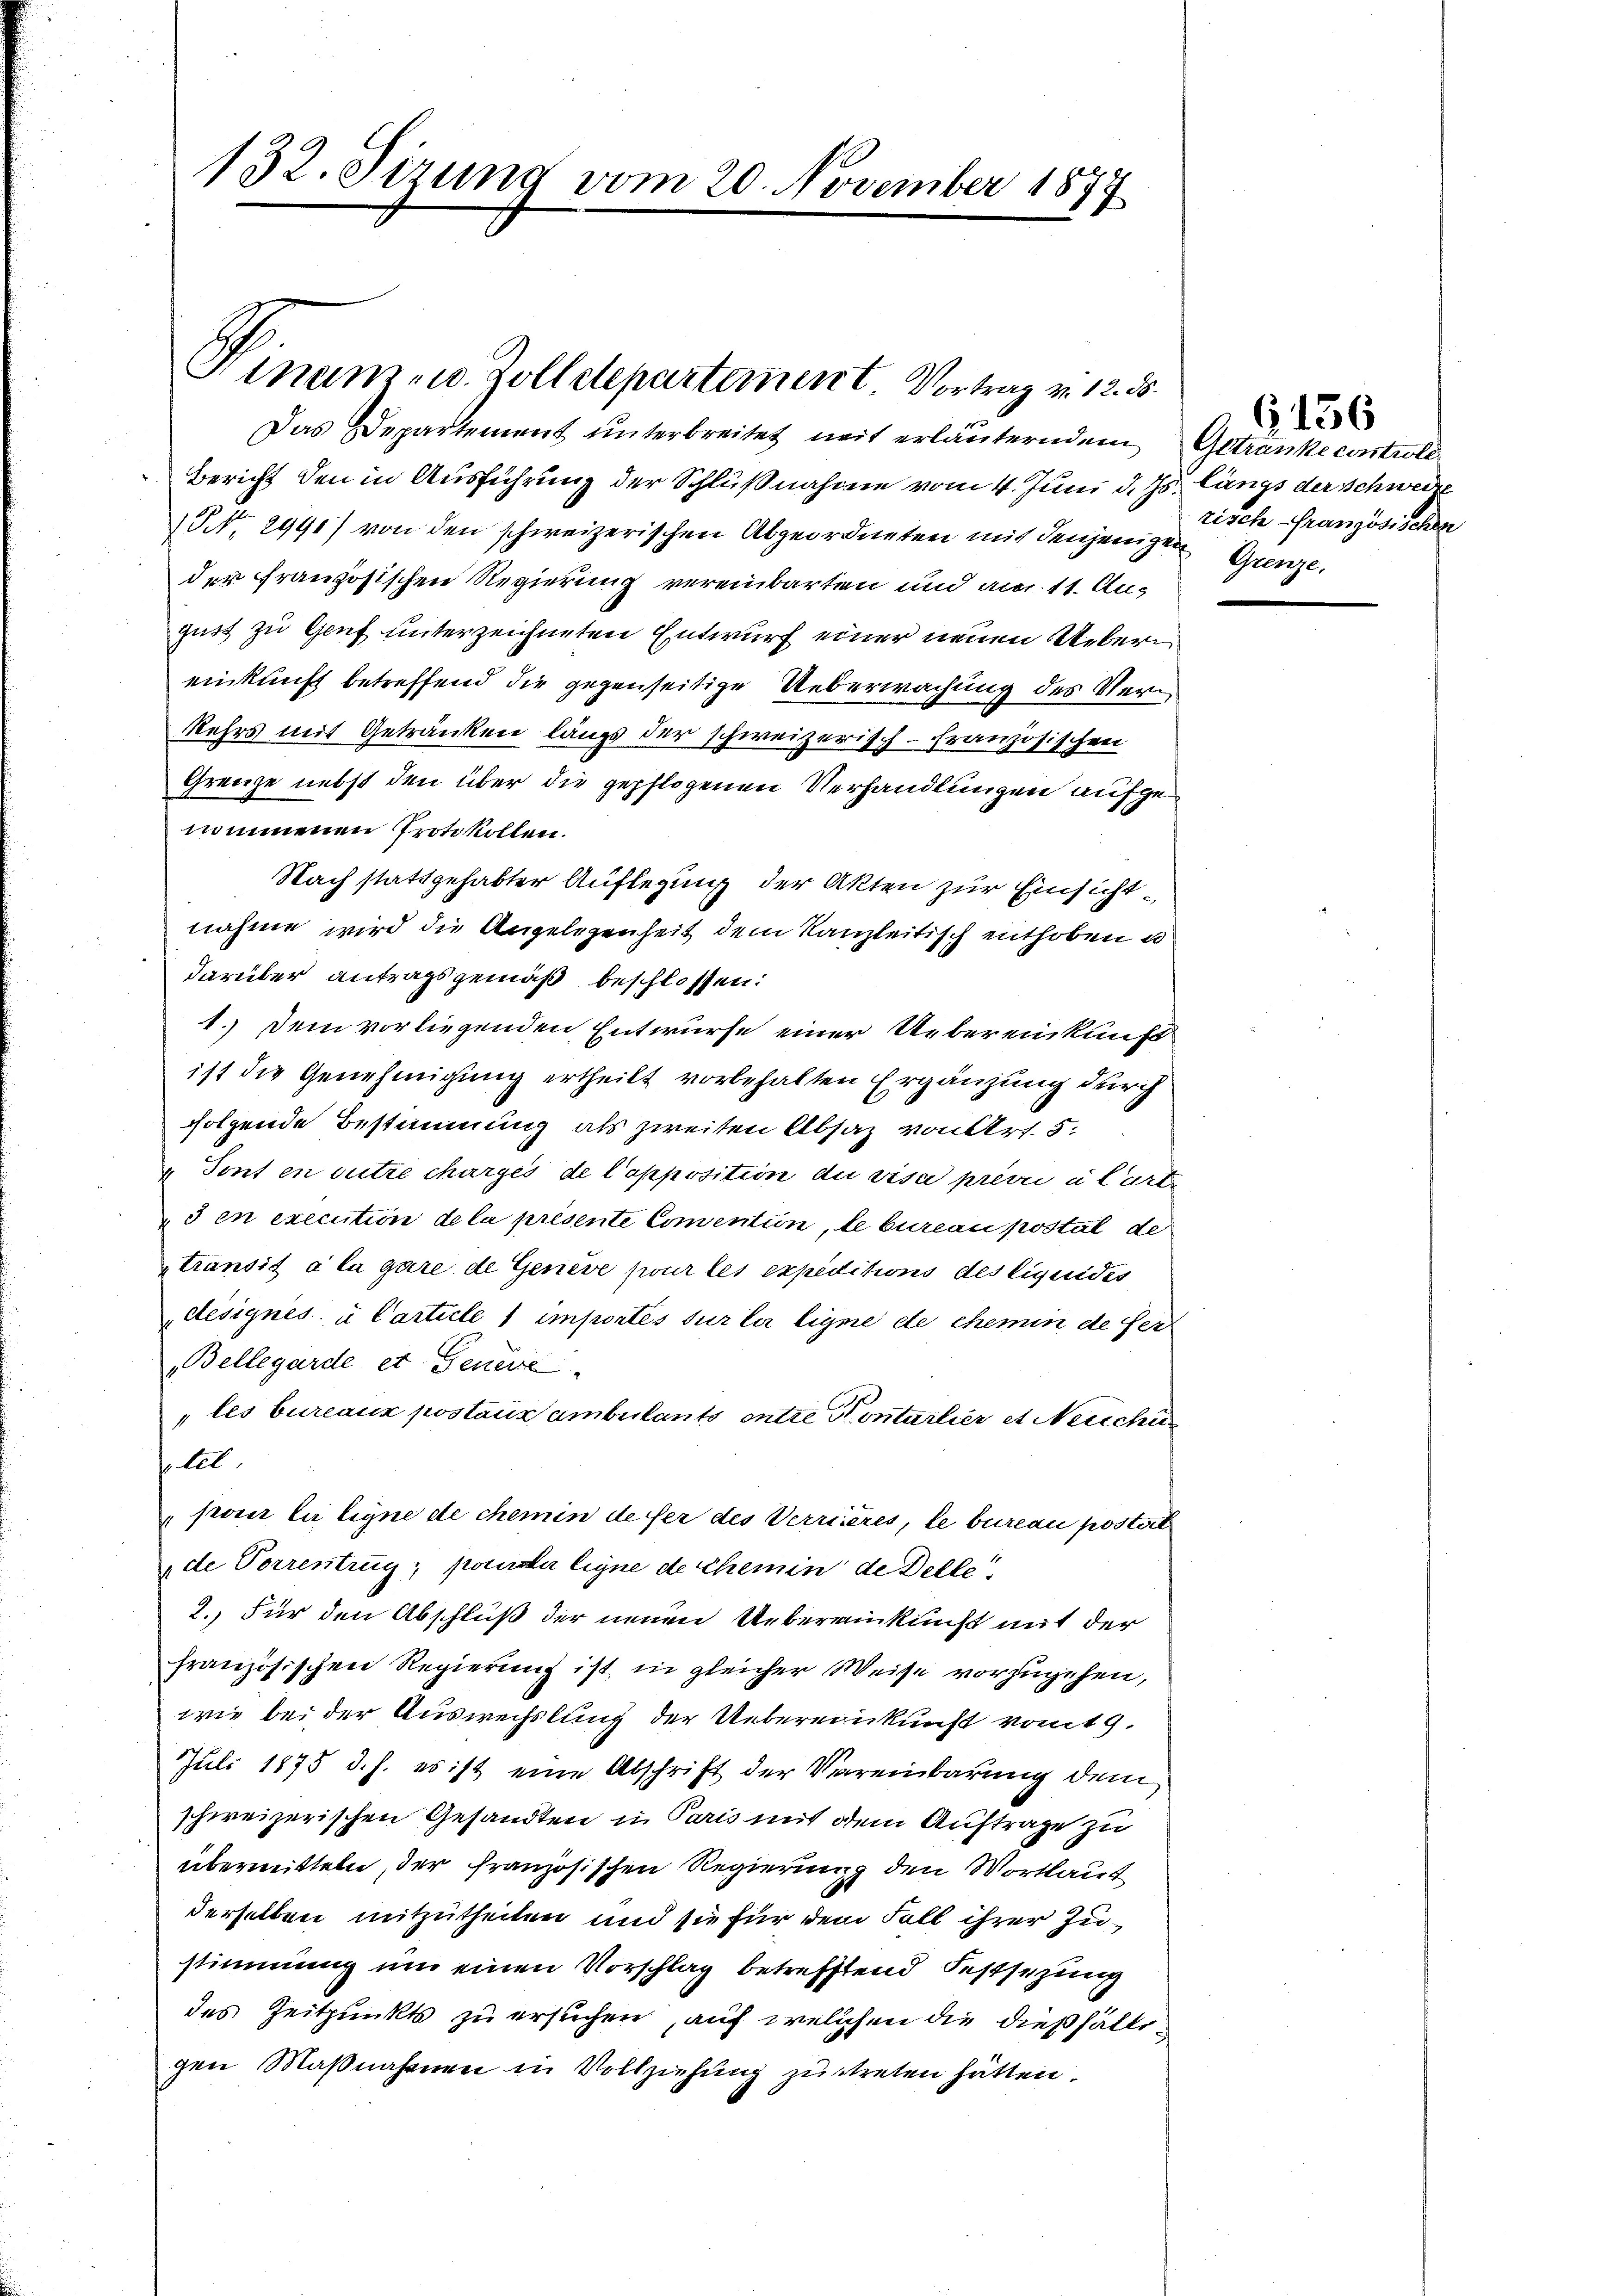
132. Sitzung vom 20. November 1877

Sinam u. Zolletepartement. Vortrag v. 12. ds.

Das Departement unterbreitet mit erläuterndem Getranke controle
Bericht den in Ausführung der Schlußnahme vom 4. Juni d. Js. längs der Schweize
NNo. 2991) von den schweizerischen Abgeordneten mit denjenigen Grenze.
der Französischen Regierung vereinbarten und am 11. August zu Genf unterzeichneten Entwurf einer neuen Uebereinkunft betreffend die gegenseitige Ueberwachung des Ver¬
Kehrs mit Getränken längs der schweizerisch-französischen
Grenze nebst den über die gepflogenen Verhandlungen aufgenommenen Protokollen.
Nach stattgehabter Auflegung der Akten zur Einsichtnahme wird die Angelegenheit dem Kanzleitisch enthoben u
darüber antragsgemäß beschlossen:
1.) Dem vorliegenden Entwurfe einer Uebereinkunft
ist die Genehmigung ertheilt vorbehalten Ergänzung durch
folgende Bestimmung als zweiten Absaz von Art. 5.
 Tent en outre charges de Copposition du visa privi u Carten
3 en execution de la présente Comention, le bureau postat de
transit à la gare de Geneve pour les expeditions des liquides
désignes u Carticle 1 importés sur la ligne de chemin de fer
Bellegarde et Genere
les bureaux postaus ambulants ontre Konterlier et Berechen
tel,
poser la ligne de chemin de ser des Verriieres, le bureau postert
de Vorrentrug; pourser ligne de chemin de Delle
2. Für den Abschluß der neuen Uebereinkunft mit der
französischen Regierung ist, in gleicher Weise vorzugehen,
wie bei der Auswechslung der Uebereinkunft vom 9.
Juli 1875 d. h. es ist eine Abschrift der Vereinbarung dem
schweizerischen Gesandten in Paris mit dem Auftrage zu
übermitteln, der französischen Regierung den Wortlaut
derselben mitzutheilen und sie für dem Fall ihrer Justimmung um einen Vorschlag betreffend Festsezung
des Zeitpunkts zu ersuchen, auf welchen die dießfältigen Maßnahmen in Vollziehung zutreten hätten.

risch französischen

G136